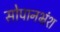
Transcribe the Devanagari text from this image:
सोपानभ्रंश